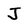
Character: J